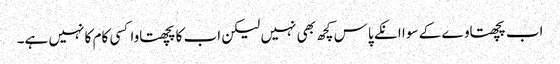
اب پچھتاوے کے سوا انکے پاس کچھ بھی نہیں لیکن اب کا پچھتاوا کسی کام کا نہیں ہے۔